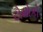
ટોમોકો